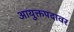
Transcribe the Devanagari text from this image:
आयुक्तपदावर